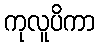
ကုလူပိကာ